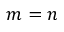
m = n